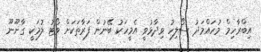
އިބްރާހިމް މުހައްމަދު ސޯލިހު ވިދާޅުވީ އެމީހަކު ބޭނުން ފަރާތަކަށް ވޯޓު ލުމަކީ ގާނޫނޫ